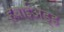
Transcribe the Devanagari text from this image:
हवाईअड्ड